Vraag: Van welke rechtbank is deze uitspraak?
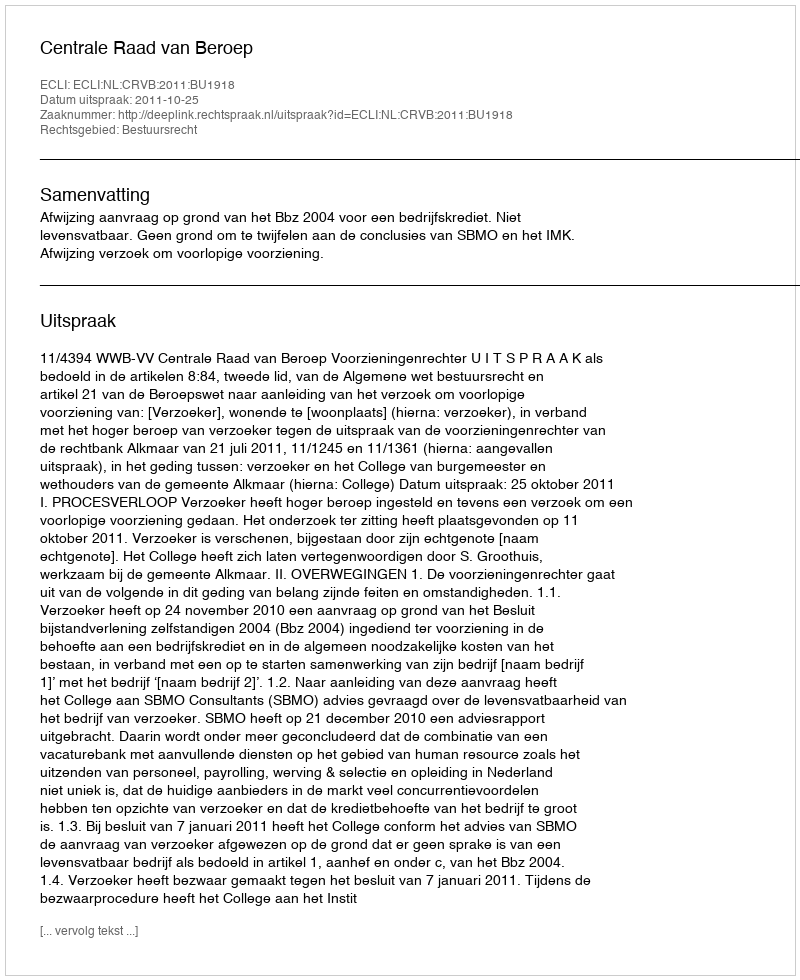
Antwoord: Centrale Raad van Beroep